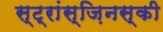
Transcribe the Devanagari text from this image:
स्ट्रांस्ज़िनस्की